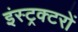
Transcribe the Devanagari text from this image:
इंस्ट्रक्टरों